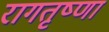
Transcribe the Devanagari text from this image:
रागतृष्णा